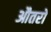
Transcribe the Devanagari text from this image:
औतरो